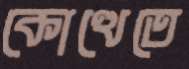
কোত্থেতে